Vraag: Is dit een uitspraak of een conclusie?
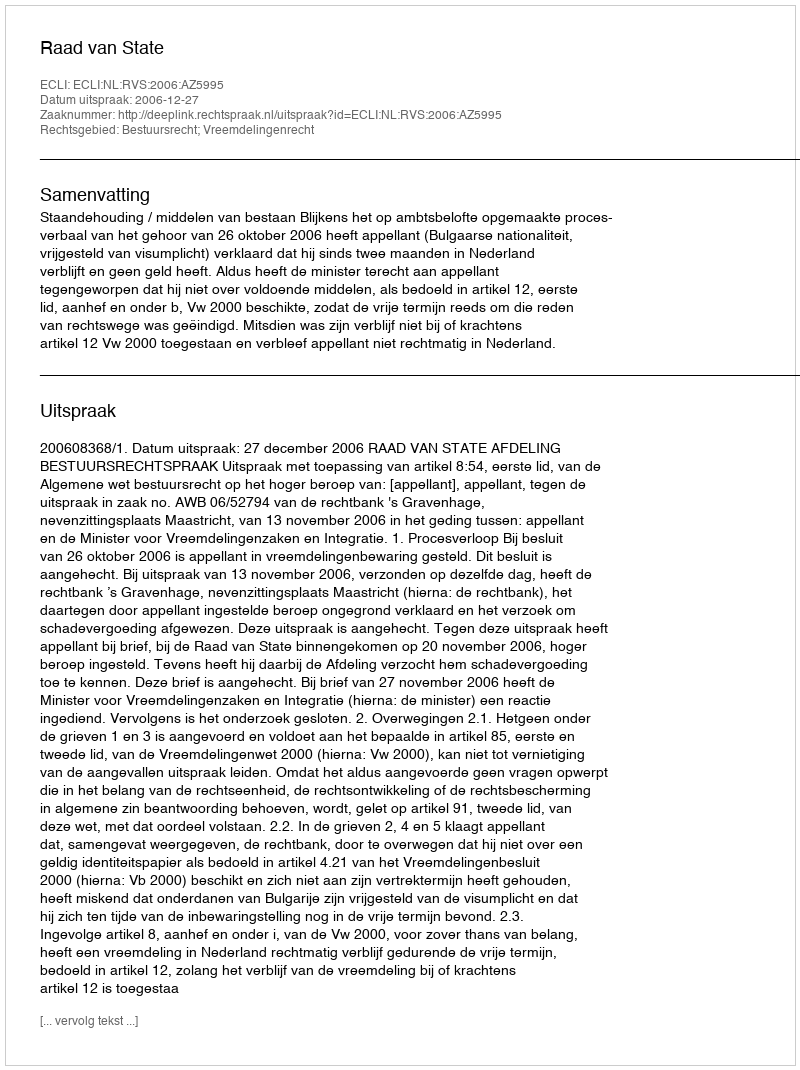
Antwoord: Uitspraak